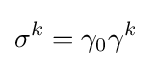
\sigma ^{k}=\gamma _{0}\gamma ^{k}